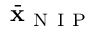
\bar { \bf x } _ { \mathrm { ~ N ~ I ~ P ~ } }